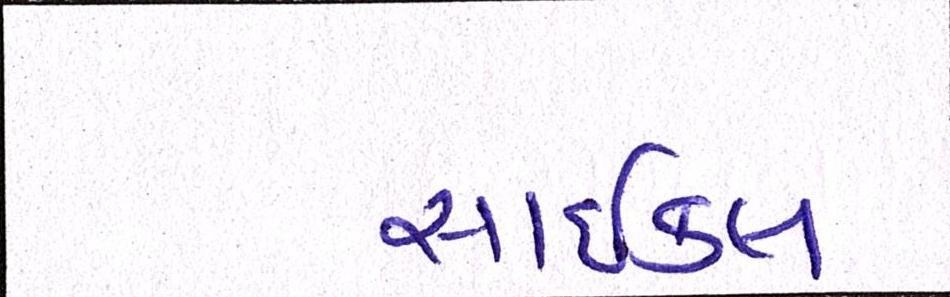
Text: સાઇકલ